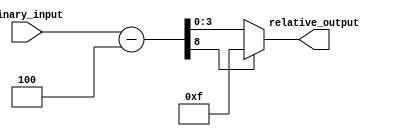
module RelativeEncoder #(parameter N = 8,  // Number of input bits
                         parameter M = 4,  // Number of output bits
                         parameter REF_POINT = 4) // Hardcoded reference point
(
    input  wire [N-1:0] binary_input, // N-bit binary input
    output wire [M-1:0] relative_output // M-bit relative output
);

// Calculate the relative position
wire [N:0] relative_position; // N bit + 1 bit for overflow handling
assign relative_position = binary_input - REF_POINT;

// Handle wrap-around by checking if relative_position < 0
reg [M-1:0] adjusted_output;
always @(*) begin
    if (relative_position[N]) begin
        // Negative result; wrap-around case
        adjusted_output = {M{1'b1}}; // Assign maximum M bits (2^M-1)
    end else begin
        // Normal case, assign the lower M bits
        adjusted_output = relative_position[M-1:0];
    end
end

// Assign the adjusted output to the relative output
assign relative_output = adjusted_output;

endmodule